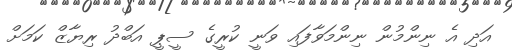
އަދި އެ ނިންމުން ނިންމަވާފައި ވަނީ ކުރީގެ ސީޕީ އަބްދު ރިޔާޒް ކަމަށް